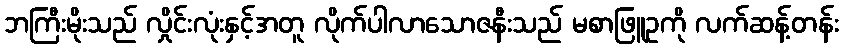
ဘကြီးမိုးသည် လှိုင်းလုံးနှင့်အတူ လိုက်ပါလာသောဇနီးသည် မစာဖြူဥကို လက်ဆန့်တန်း